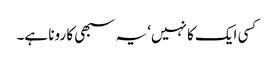
کسی ایک کا نہیں‘ یہ سبھی کا رونا ہے۔